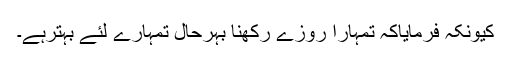
کیونکہ فرمایاکہ تمہارا روزے رکھنا بہرحال تمہارے لئے بہترہے۔